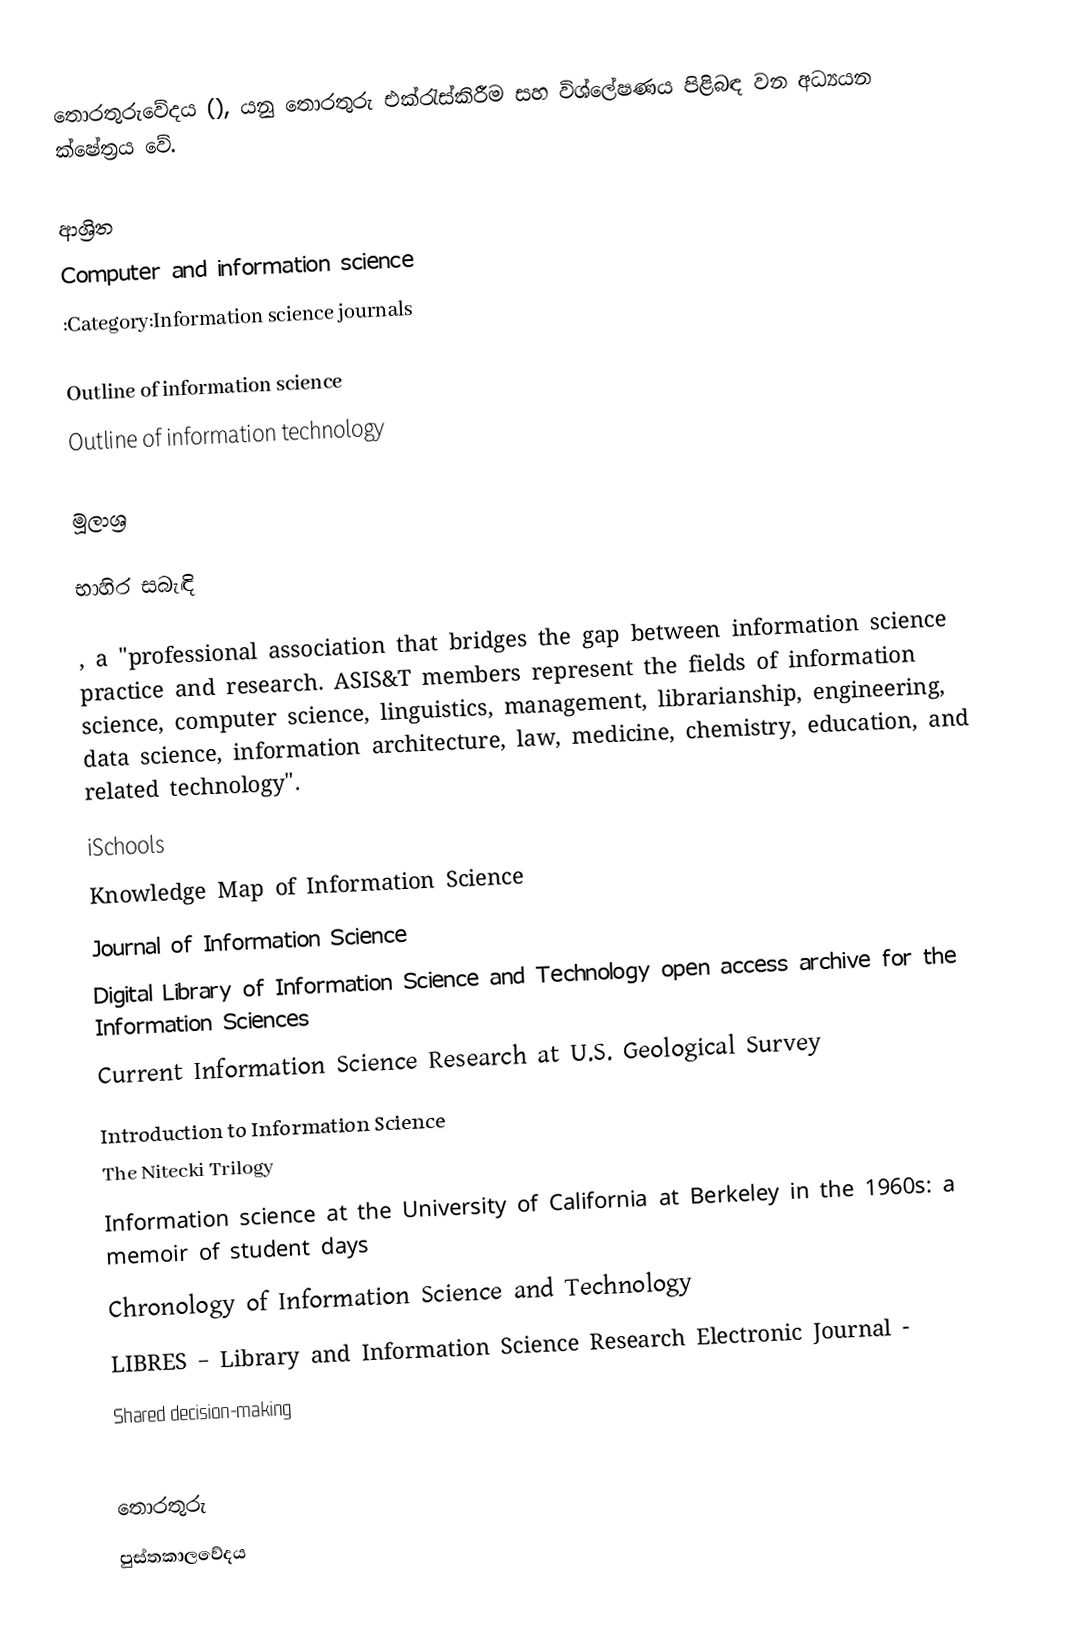
තොරතුරුවේදය (), යනු තොරතුරු එක්රැස්කිරීම සහ විශ්ලේෂණය පිළිබඳ වන අධ්‍යයන ක්ෂේත්‍රය වේ.

ආශ්‍රිත
 Computer and information science
 :Category:Information science journals

 Outline of information science
 Outline of information technology

මූලාශ්‍ර

භාහිර සබැඳි

 , a "professional association that bridges the gap between information science practice and research. ASIS&T members represent the fields of information science, computer science, linguistics, management, librarianship, engineering, data science, information architecture, law, medicine, chemistry, education, and related technology".
 iSchools
 Knowledge Map of Information Science
 Journal of Information Science
 Digital Library of Information Science and Technology open access archive for the Information Sciences
 Current Information Science Research at U.S. Geological Survey
 Introduction to Information Science
 The Nitecki Trilogy
 Information science at the University of California at Berkeley in the 1960s: a memoir of student days
 Chronology of Information Science and Technology
 LIBRES – Library and Information Science Research Electronic Journal -
 Shared decision-making

තොරතුරු
පුස්තකාලවේදය